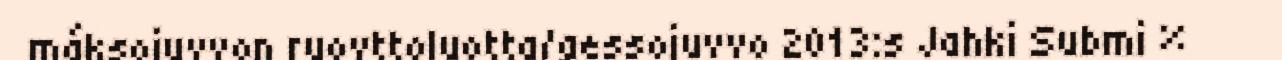
máksojuvvon ruovttoluotta/gessojuvvo 2013:s Jahki Submi %